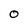
Character: O